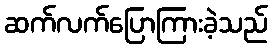
ဆက်လက်ပြောကြားခဲ့သည်